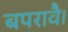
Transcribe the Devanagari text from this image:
बपरावै।